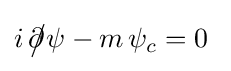
i\,{\partial \!\!\!{\big /}}\psi -m\,\psi _{c}=0~